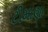
ટીમાણા